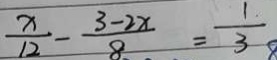
\frac { x } { 1 2 } - \frac { 3 - 2 x } { 8 } = \frac { 1 } { 3 }